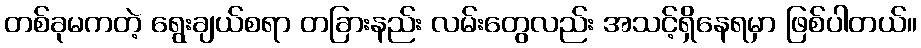
တစ်ခုမကတဲ့ ရွေးချယ်စရာ တခြားနည်း လမ်းတွေလည်း အသင့်ရှိနေရမှာ ဖြစ်ပါတယ်။